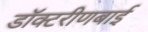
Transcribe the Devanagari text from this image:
डॉक्टरीणबाई